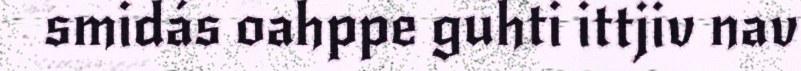
smidás oahppe guhti ittjiv nav